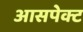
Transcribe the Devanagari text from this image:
आसपेक्ट